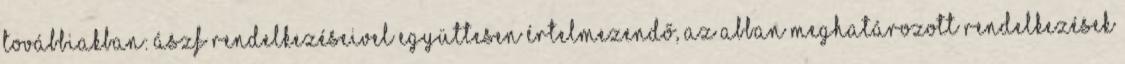
továbbiakban: ÁSZF rendelkezéseivel együttesen értelmezendő, az abban meghatározott rendelkezések